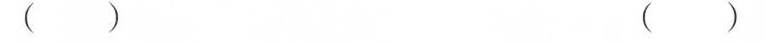
() ()